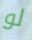
لو